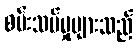
စမ်းသပ်မှုများသည်